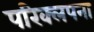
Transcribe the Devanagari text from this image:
परिक्लपना